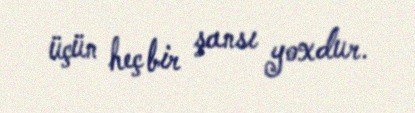
üçün heç bir şansı yoxdur.